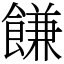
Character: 䭑